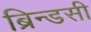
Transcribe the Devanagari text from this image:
ब्रिन्डसी